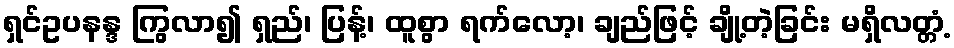
ရှင်ဥပနန္ဒ ကြွလာ၍ ရှည်၊ ပြန့်၊ ထူစွာ ရက်လော့၊ ချည်ဖြင့် ချို့တဲ့ခြင်း မရှိလတ္တံ့